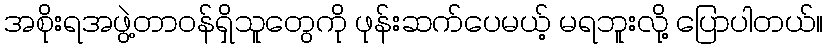
အစိုးရအဖွဲ့တာဝန်ရှိသူတွေကို ဖုန်းဆက်ပေမယ့် မရဘူးလို့ ပြောပါတယ်။